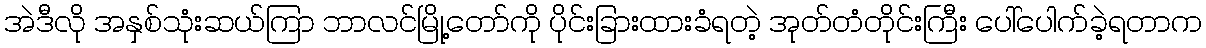
အဲဒီလို အနှစ်သုံးဆယ်ကြာ ဘာလင်မြို့တော်ကို ပိုင်းခြားထားခံရတဲ့ အုတ်တံတိုင်းကြီး ပေါ်ပေါက်ခဲ့ရတာက